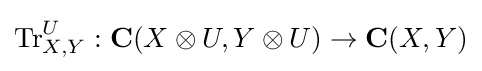
\mathrm {Tr} _{X,Y}^{U}:\mathbf {C} (X\otimes U,Y\otimes U)\to \mathbf {C} (X,Y)